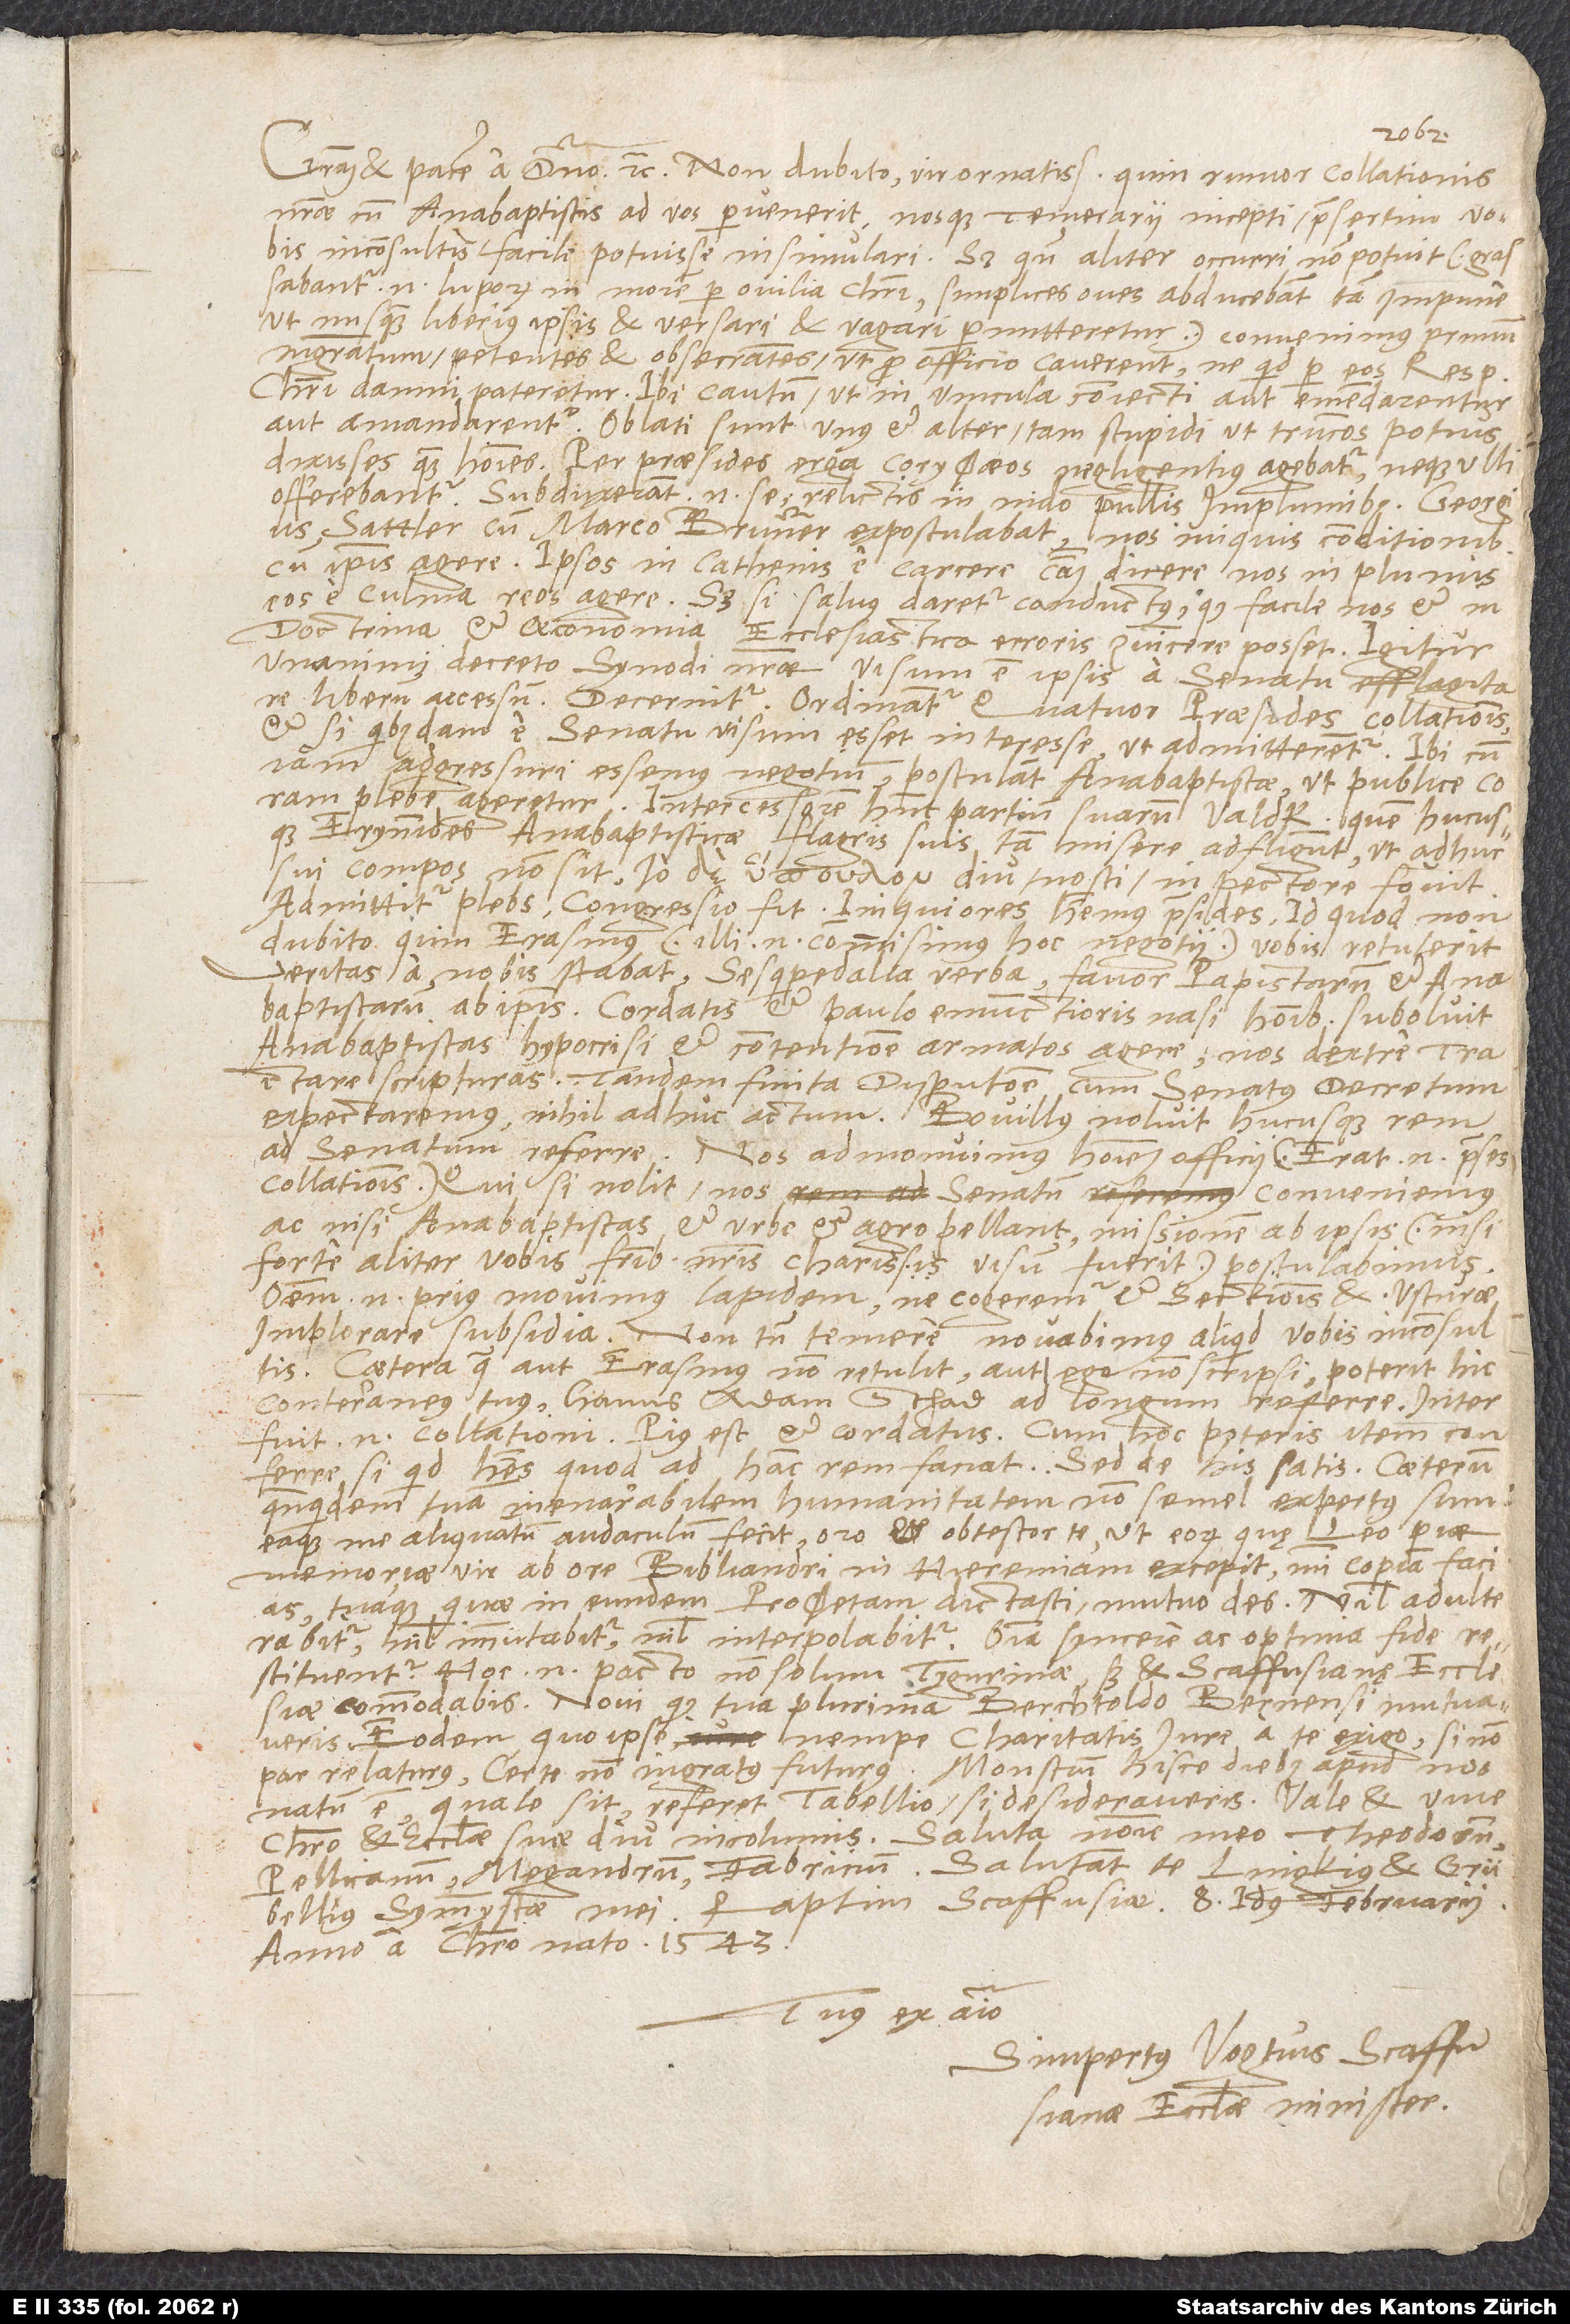
Gratiam et pacem a domino etc. Non dubito, vir ornatissime, quin rumor collationis
nostrae cum anabaptistis ad vos pervenerit nosque temerarii incepti, praesertim vobis
inconsultis, facile potuisse insimulari. Sed quum aliter occurri non potuit (grassabantur
enim luporum in morem per ovilia Christi, simplices oves abducebant tam impune,
ut nusquam liberius ipsis et versari et vagari permitteretur), convenimus primum
magistratum petentes et obsecrantes, ut pro officio caverent, ne quid per eos respublica
Christi damni pateretur. Ibi cautum, ut in vincula coniecti aut emendarentur
aut amandarentur. Oblati sunt unus et alter tam stupidi, ut truncos potius
Erynnides anabaptisticae flagris suis tam misere adfligunt, ut adhuc
sui compos non sit, diu, nosti, in pectore fovit.
Admittitur plebs, congressio fit. Iniquiores habemus praesides, id quod non
dubito, quin Erasmus (illi enim commisimus hoc negotii) vobis retulerit.
Veritas a nobis stabat, sesquipedalia verba, favor papistarum et
anabaptistarum ab ipsis. Cordatis et paulo emunctioris nasi hominibus suboluit
anabaptistas hypocrisi et contentione armatos agere, nos dextre contra
tractare scripturas. Tandem finita disputatione cum senatus decretum
expectaremus, nihil adhuc actum. Bovillus noluit hucusque rem
ad senatum referre; nos admonuimus hominem officii (erat enim praeses
collationis). Qui si nolit, nos senatum conveniemus
ac, nisi anabaptistas et urbe et agro pellant, missionem ab ipsis (nisi
forte aliter vobis, fratribus nostris charissimis, visum fuerit) postulabimus.
Omnem enim prius movimus lapidem, ne cogeremur et sectionis et usturae
implorare subsidia. Non tamen temere novabimus aliquid vobis inconsultis.
Caetera, quae aut Erasmus non retulit aut ego non scripsi, poterit hic
conterraneus tuus, Hanns Adam Schad, ad longum referre; interfuit
enim collationi. Pius est et cordatus. Cum hoc poteris item conferre,
si quid habes, quod ad hanc rem faciat. Sed de his satis. Caeterum,
quandoquidem tuam inenarrabilem humanitatem non semel expertus sum
eaque me aliquantum audaculum fecit, oro et obtestor te, ut eorum, quę Leo, piae
memoriae vir, ab ore Bibliandri in Hieremiam excepit, mihi copiam facias
tuaque, quae in eundem proϕetam dictasti, mutuo des; nihil adulterabitur,
nihil immutabitur, nihil interpolabitur, omnia syncere ac optima fide
restituentur. Hoc enim pacto non solum Tygurinae, sed et Scaffusianę ecclesię
commodabis. Novi, quod tua plurima Berchtoldo Bernensi mutuaveris;
eodem, quo ipse, nempe charitatis iure a te exigo, si non
par relaturus, certe non ingratus futurus. Monstrum hisce diebus apud nos
natum est. Quale sit, referet tabellio, si desideraveris. Vale et vive
Christo et ecclesiae suae diu incolumis. Saluta nomine meo Theodorum,
Pellicanum, Megandrum, Fabricium. Salutant te Lingkius et Grübellius,
symmystae mei. Raptim, Scaffusiae, 8. idus februarii
anno a Christo nato 1543.
Tuus ex animo
Simpertus Vogtius, Scaffusianae
ecclesiae minister.